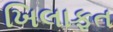
ખિલાફત